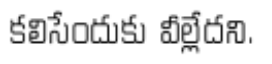
కలిసేందుకు వీల్లేదని.